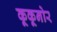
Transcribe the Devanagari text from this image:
कूकूनोर